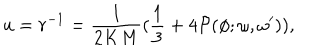
u = r ^ { - 1 } = { \frac { 1 } { 2 K M } } ( { \frac { 1 } { 3 } } + 4 { \cal P } ( \phi ; \omega , \omega ^ { \prime } ) ) ,